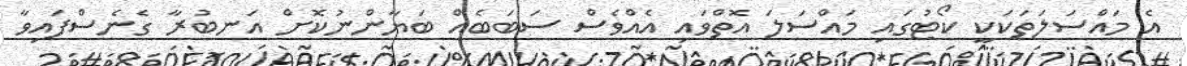
އެ މައްސަލަތަކަކީ ކޯޓުގައި މައްސަލަ އޮތްވައި އެއްވެސް ސަބަބެއް ބަޔާންނުކޮށް އަނބުރާ ގެނެސްފައިވާ